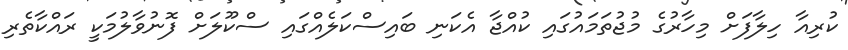
ކުރިއާ ހިލާފަށް މިހާރުގެ މުޖުތަމައުގައި ކުއްޖާ އެކަނި ބައިސްކަލެއްގައި ސްކޫލަށް ފޮނުވާލުމަކީ ރައްކާތެރި